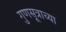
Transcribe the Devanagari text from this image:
गुणसूत्राच्या